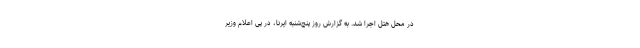
در محل هتل اجرا شد. به گزارش روز پنج‌شنبه ایرنا، در پی اعلام وزیر